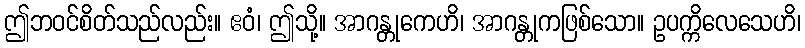
ဤဘဝင်စိတ်သည်လည်း။ ဧဝံ၊ ဤသို့။ အာဂန္တုကေဟိ၊ အာဂန္တုကဖြစ်သော။ ဥပက္ကိလေသေဟိ၊